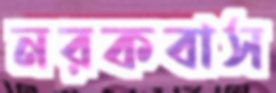
নরকবাস